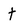
Character: t